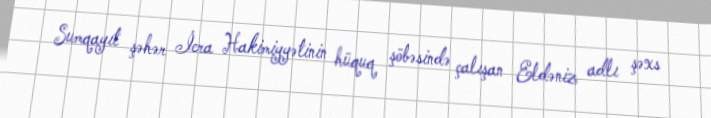
Sumqayıt şəhər İcra Hakimiyyətinin hüquq şöbəsində çalışan Eldəniz adlı şəxs